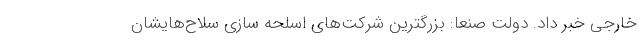
خارجی خبر داد. دولت صنعا: بزرگترین شرکت‌های اسلحه سازی سلاح‌هایشان